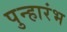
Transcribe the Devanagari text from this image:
पुन्हारंभ